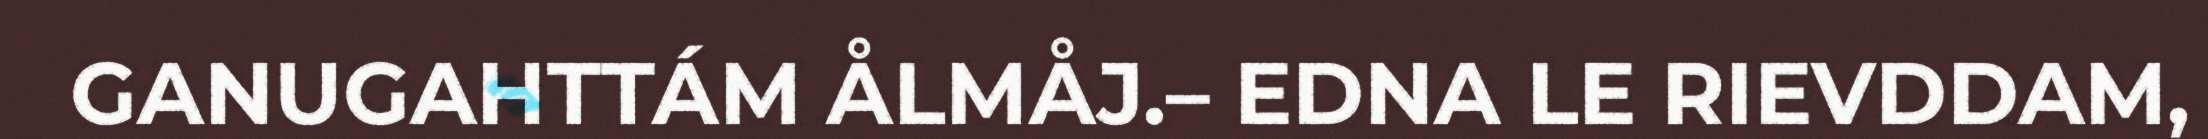
GANUGAHTTÁM ÅLMÅJ.– EDNA LE RIEVDDAM,